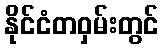
နိုင်ငံတဝှမ်းတွင်